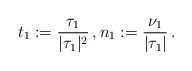
\begin{align*} t_1 := \frac{\tau_1}{|\tau_1|^2}\,,n_1 := \frac{\nu_1}{|\tau_1|}\, .\end{align*}